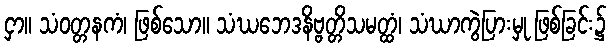
ငှာ။ သံဝတ္တနကံ၊ ဖြစ်သော။ သံဃဘေဒနိဗ္ဗတ္တိသမတ္ထံ၊ သံဃာကွဲပြားမှု ဖြစ်ခြင်း၌